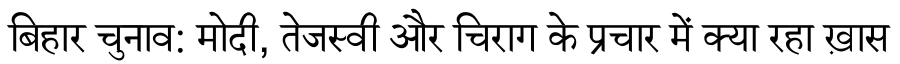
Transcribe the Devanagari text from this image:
बिहार चुनाव: मोदी, तेजस्वी और चिराग के प्रचार में क्या रहा ख़ास